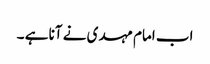
اب امام مہدی نے آنا ہے ۔